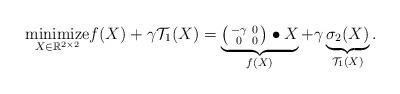
LaTeX: \begin{align*}\underset{X\in\mathbb{R}^{2\times2}}{\mbox{minimize}} & f(X)+\gamma\mathcal{T}_1(X)=\underbrace{ \begin{psmallmatrix}-\gamma & 0 \\0 & 0\end{psmallmatrix}\bullet X}_{f(X)}+\gamma\underbrace{\sigma_2(X)}_{\mathcal{T}_1(X)}.\end{align*}